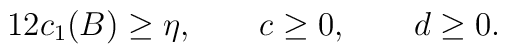
12c_1(B)\geq \eta,\qquad c\geq 0,\qquad d\geq 0.